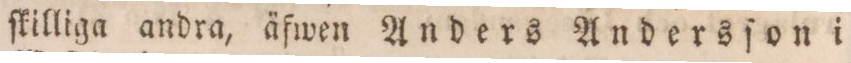
ſkilliga andra, äfwen Anders Andersſon i